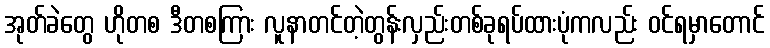
အုတ်ခဲတွေ ဟိုတစ ဒီတစကြား လူနာတင်တဲ့တွန်းလှည်းတစ်ခုရပ်ထားပုံကလည်း ဝင်ရမှာတောင်